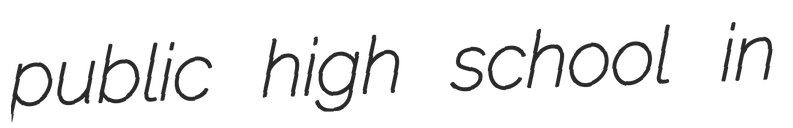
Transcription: public high school in